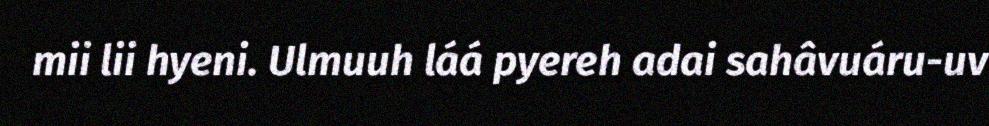
mii lii hyeni. Ulmuuh láá pyereh adai sahâvuáru-uv